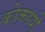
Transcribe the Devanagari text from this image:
कोकायो